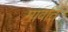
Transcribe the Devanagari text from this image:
मार्वात